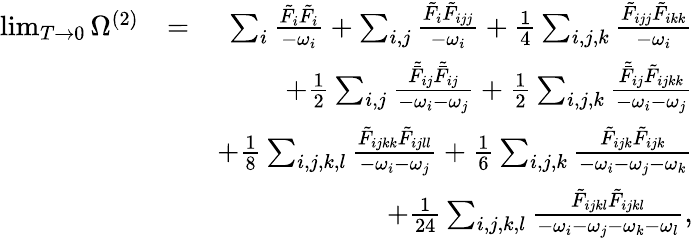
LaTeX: \begin{array}{rlr}{\operatorname*{lim}_{T\to 0}\Omega^{(2)}}&{=}&{\sum_{i}\frac{\tilde{F}_{i}\tilde{F}_{i}}{-\omega_{i}}+\sum_{i,j}\frac{\tilde{F}_{i}\tilde{F}_{ijj}}{-\omega_{i}}+\frac{1}{4}\sum_{i,j,k}\frac{\tilde{F}_{ijj}\tilde{F}_{ikk}}{-\omega_{i}}}\\ &{}&{+\frac{1}{2}\sum_{i,j}\frac{\tilde{\bar{F}}_{ij}\tilde{\bar{F}}_{ij}}{-\omega_{i}-\omega_{j}}+\frac{1}{2}\sum_{i,j,k}\frac{\tilde{\bar{F}}_{ij}\tilde{F}_{ijkk}}{-\omega_{i}-\omega_{j}}}\\ &{}&{+\frac{1}{8}\sum_{i,j,k,l}\frac{\tilde{F}_{ijkk}\tilde{F}_{ijll}}{-\omega_{i}-\omega_{j}}+\frac{1}{6}\sum_{i,j,k}\frac{\tilde{F}_{ijk}\tilde{F}_{ijk}}{-\omega_{i}-\omega_{j}-\omega_{k}}}\\ &{}&{+\frac{1}{24}\sum_{i,j,k,l}\frac{\tilde{F}_{ijkl}\tilde{F}_{ijkl}}{{-\omega_{i}-\omega_{j}-\omega_{k}-\omega_{l}}},}\end{array}